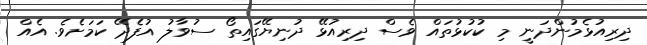
ދިރިއުޅެމުންދަނީ މި ކުކުޅުތައް ވެސް ދިރިއުޅޭ ދުނިޔޭގައިތޯ ސުވާލު އުފެދޭ ކަމަށެވެ. އެއް